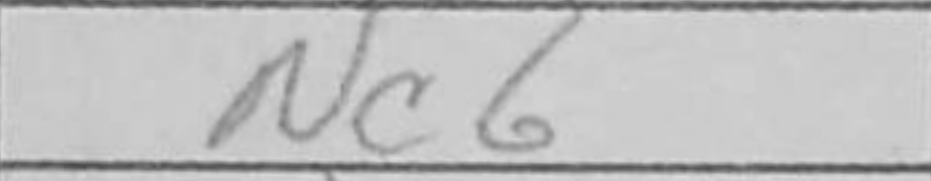
Transcription: Nc6